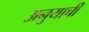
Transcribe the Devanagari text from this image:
अनुयाची